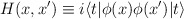
\begin{align*}H(x,x') \equiv i \langle t|\phi(x)\phi(x')|t\rangle\end{align*}